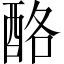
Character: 酪